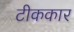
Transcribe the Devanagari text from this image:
टीककार